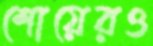
শোয়েরও